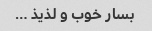
بسار خوب و لذیذ …